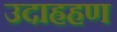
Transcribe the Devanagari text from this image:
उदाह्रहण